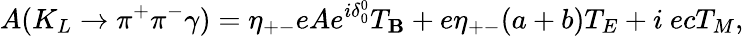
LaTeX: A(K_{L}\rightarrow\pi^{+}\pi^{-}\gamma)=\eta_{+-}eAe^{i\delta_{0}^{0}}T_{\mathbf{B}}+e\eta_{+-}(a+b)T_{E}+i~ecT_{M},